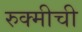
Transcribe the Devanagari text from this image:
रुक्मीची